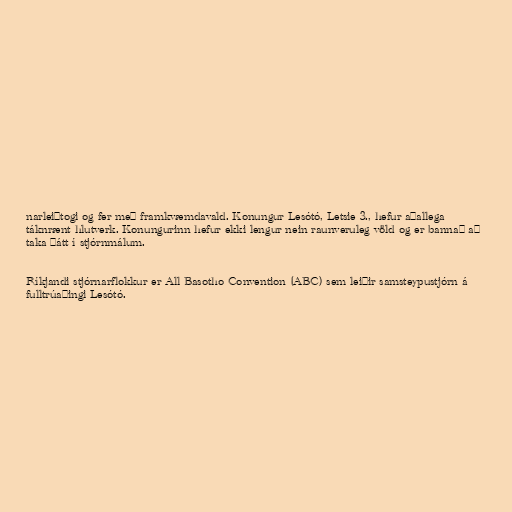
narleiðtogi og fer með framkvæmdavald. Konungur Lesótó, Letsie 3., hefur aðallega
táknrænt hlutverk. Konungurinn hefur ekki lengur nein raunveruleg völd og er bannað að
taka þátt í stjórnmálum.

Ríkjandi stjórnarflokkur er All Basotho Convention (ABC) sem leiðir samsteypustjórn á
fulltrúaþingi Lesótó.